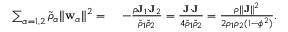
\begin{array} { r l } { \sum _ { \alpha = 1 , 2 } \tilde { \rho } _ { \alpha } \| \mathbf { w } _ { \alpha } \| ^ { 2 } = } & { ~ - \frac { \rho \mathbf { J } _ { 1 } \cdot \mathbf { J } _ { 2 } } { \tilde { \rho } _ { 1 } \tilde { \rho } _ { 2 } } = \frac { \mathbf { J } \cdot \mathbf { J } } { 4 \tilde { \rho } _ { 1 } \tilde { \rho } _ { 2 } } = \frac { \rho \| \mathbf { J } \| ^ { 2 } } { 2 \rho _ { 1 } \rho _ { 2 } ( 1 - \phi ^ { 2 } ) } . } \end{array}